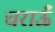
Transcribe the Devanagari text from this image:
चराऊँ